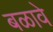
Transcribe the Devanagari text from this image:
बळावे